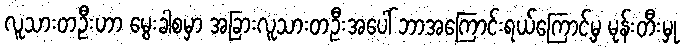
လူသားတဦးဟာ မွေးခါစမှာ အခြားလူသားတဦးအပေါ် ဘာအကြောင်းရယ်ကြောင့်မှ မုန်းတီးမှု